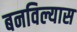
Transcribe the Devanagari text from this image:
बनविल्यास